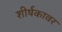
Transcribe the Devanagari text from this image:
शीर्षकावर